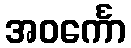
အဝင်္ကော